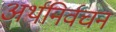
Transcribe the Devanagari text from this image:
अर्थनिर्वचन